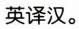
英译汉.